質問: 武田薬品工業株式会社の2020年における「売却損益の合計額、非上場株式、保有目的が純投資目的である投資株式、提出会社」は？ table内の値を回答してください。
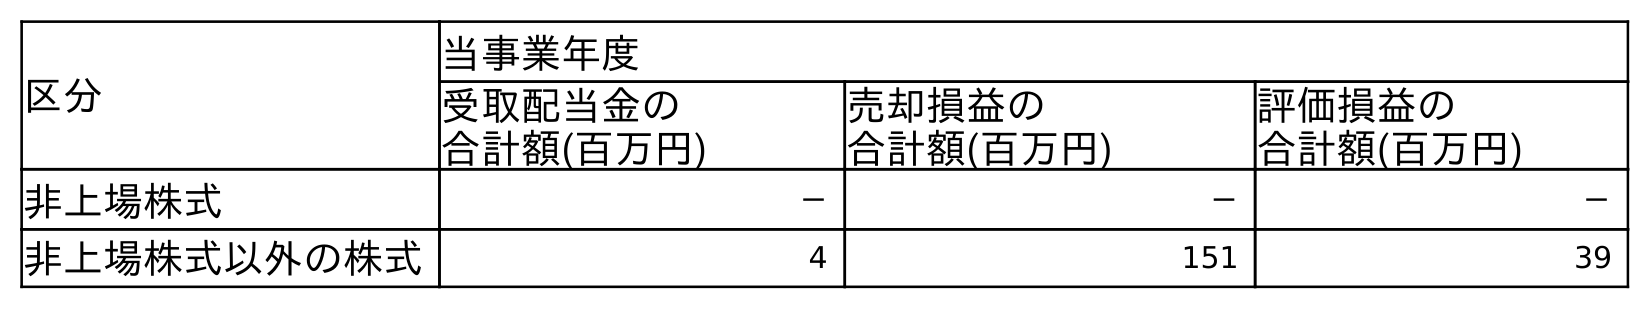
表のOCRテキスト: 区分 当事業年度 受取配当金の 合計額(百万円) 売却損益の 合計額(百万円) 評価損益の 合計額(百万円) 非上場株式 － － － 非上場株式以外の株式 4 151 39
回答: －